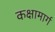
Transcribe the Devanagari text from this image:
कक्षामार्ग